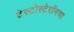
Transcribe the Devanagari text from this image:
टेस्टोस्टेरॉनचा